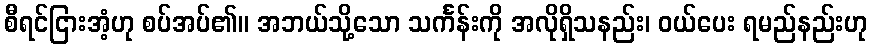
စီရင်ငြားအံ့ဟု စပ်အပ်၏။ အဘယ်သို့သော သင်္ကန်းကို အလိုရှိသနည်း၊ ဝယ်ပေး ရမည်နည်းဟု